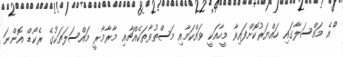
ްެއެ މައްސަލާގައި ހައްޔަރުކޮށްފައިވާ މީހާއަކީ ވައްކަމާއި މަސްތުވާތަކެއްޗާއި މާރާމާރީ މައްސަލަތަކުގެ ރެކޯޑް އޮންނަ